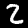
Label: 2